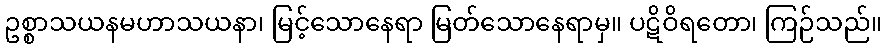
ဥစ္စာသယနမဟာသယနာ၊ မြင့်သောနေရာ မြတ်သောနေရာမှ။ ပဋိဝိရတော၊ ကြဉ်သည်။